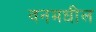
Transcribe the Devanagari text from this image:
वनमधील